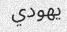
يھودي